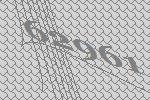
62961